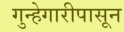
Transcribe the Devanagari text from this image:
गुन्हेगारीपासून